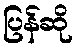
ပြန်ဆို